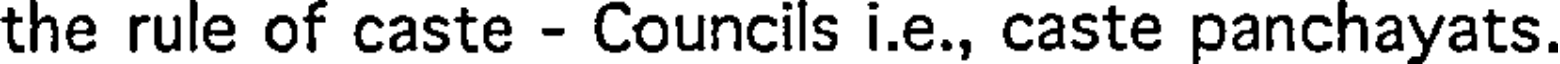
the rule of caste - Councils i.e., caste panchayats.